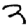
Digit: 3